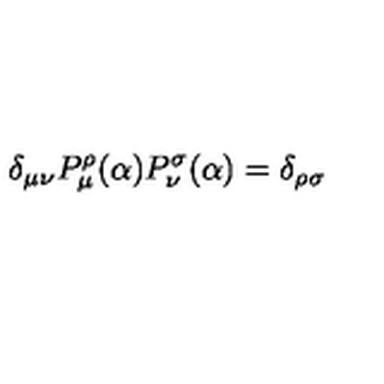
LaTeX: \delta _ { \mu \nu } P _ { \mu } ^ { \rho } ( \alpha ) P _ { \nu } ^ { \sigma } ( \alpha ) = \delta _ { \rho \sigma }